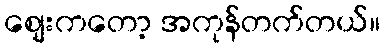
စျေးကတော့ အကုန်တက်တယ်။